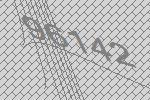
96142